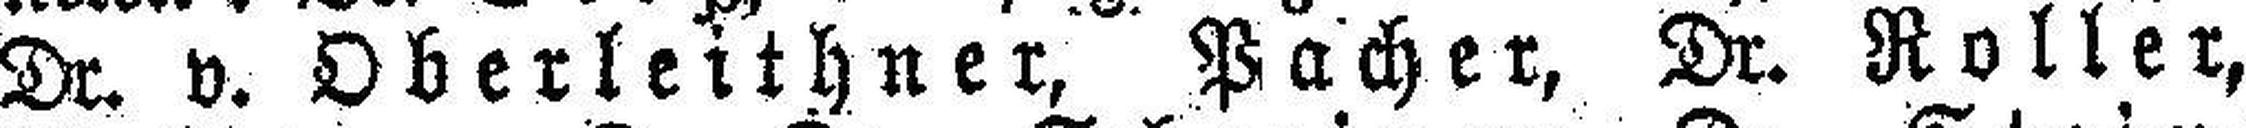
Dr. v. Oberleithner, Pacher, Dr. Roller,